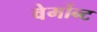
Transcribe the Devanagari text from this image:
वेर्मोन्ट